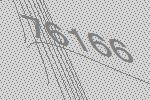
76166